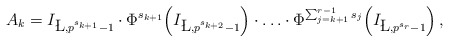
\begin{align*}A_k=I_{\L,p^{s_{k+1}}-1} \cdot \Phi^{s_{k+1}} \Bigl( I_{\L,p^{s_{k+2}}-1} \Bigr) \cdot \ldots \cdot \Phi^{\sum_{j=k+1}^{r-1}s_j}\Bigl( I_{\L,p^{s_r}-1} \Bigr)\,,\end{align*}